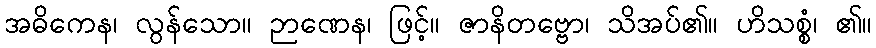
အဓိကေန၊ လွန်သော။ ဉာဏေန၊ ဖြင့်။ ဇာနိတဗ္ဗော၊ သိအပ်၏။ ဟိသစ္စံ၊ ၏။